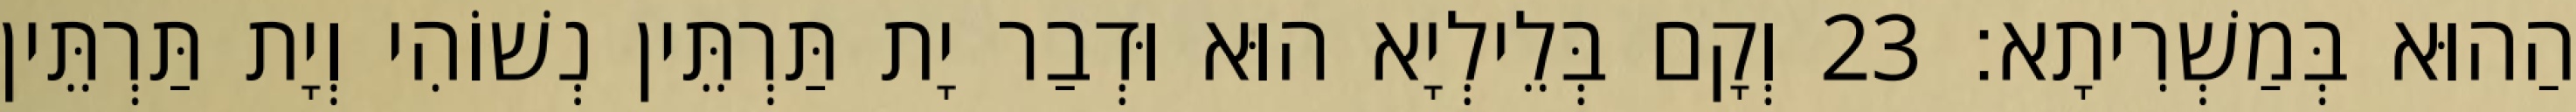
הַהוּא בְּמַשְׁרִיתָא׃ 23 וְקָם בְּלֵילְיָא הוּא וּדְבַר יָת תַּרְתֵּין נְשׁוֹהִי וְיָת תַּרְתֵּין